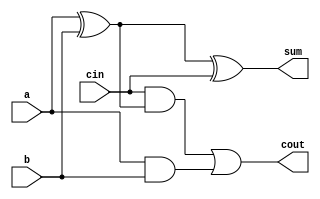
`timescale 1ns / 1ps
//////////////////////////////////////////////////////////////////////////////////
// Company: 
// Engineer: 
// 
// Design Name: 
// Module Name: fullAdder
// Project Name: 
// Target Devices: 
// Tool Versions: 
// Description: 
// 
// Dependencies: 
// 
// Revision:
// Revision 0.01 - File Created
// Additional Comments:
// 
//////////////////////////////////////////////////////////////////////////////////


module fullAdder (a,b,cin,sum,cout);
	//
	input a,b,cin;
	output sum,cout;
	//
	
	wire a,b,cin;
	wire sum,cout;
	
	assign sum=(a^b)^cin;
	assign cout=cin&(a^b)|(a&b);
	
endmodule